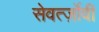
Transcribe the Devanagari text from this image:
सेवर्त्ज़ोवी